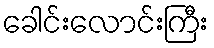
ခေါင်းလောင်းကြီး